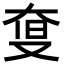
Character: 𡘨